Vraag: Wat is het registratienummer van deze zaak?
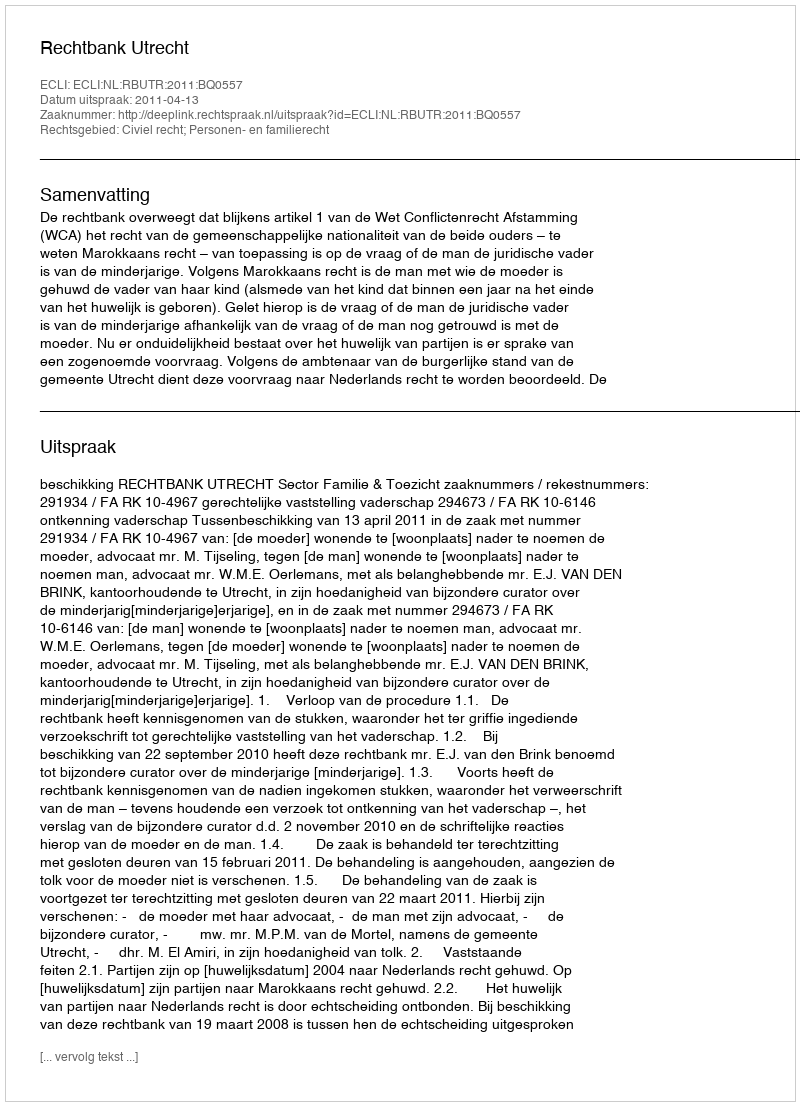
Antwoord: http://deeplink.rechtspraak.nl/uitspraak?id=ECLI:NL:RBUTR:2011:BQ0557